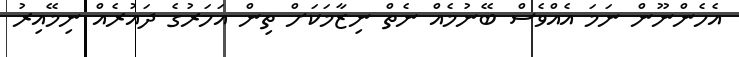
އެހެންނޫން ނަމަ އެއްވެސް ބޭނުމެއް ނެތް ނިޒާމަކަށް ތިން އަހަރުގެ ދައުރެއް ނިމޭއިރު